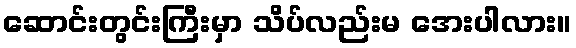
ဆောင်းတွင်းကြီးမှာ သိပ်လည်းမ အေးပါလား။